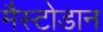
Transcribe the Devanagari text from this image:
मैस्टोडान